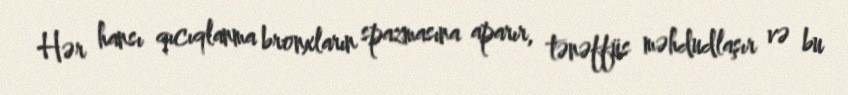
Hər hansı qıcıqlanma bronxların spazmasına aparır, tənəffüs məhdudlaşır və bu